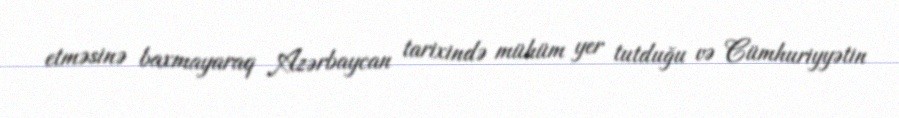
etməsinə baxmayaraq Azərbaycan tarixində mühüm yer tutduğu və Cümhuriyyətin